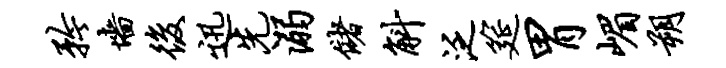
矜墙后迅先溺储斛泛筵胃嵋朔